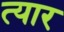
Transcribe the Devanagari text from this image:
त्यार